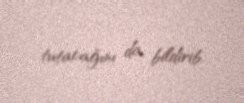
tutacağını da bildirib.